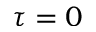
\tau = 0